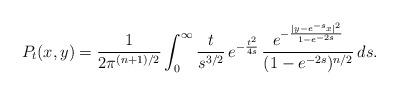
LaTeX: \begin{align*}P_t(x,y)= \frac1{2\pi^{(n+1)/2}} \int_0^\infty\frac{t}{s^{3/2}} \,e^{-\frac{t^2}{4s}}\,\frac{e^{-\frac{|y-e^{-s}x|^2}{1-e^{-2s}}}}{(1-e^{-2s})^{n/2}} \,ds.\end{align*}